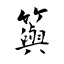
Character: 籅